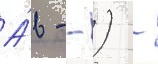
А́в - -) -